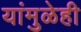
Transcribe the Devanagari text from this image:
यांमुळेही